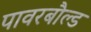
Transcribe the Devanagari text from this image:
पावरबौल्ड